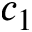
c _ { 1 }